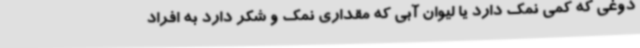
دوغی که کمی نمک دارد یا لیوان آبی که مقداری نمک و شکر دارد به افراد